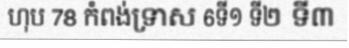
ហុប 78 កំពង់ទ្រាស 6ទី១ ទី២ ទី៣